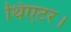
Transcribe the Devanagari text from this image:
थिएटर।